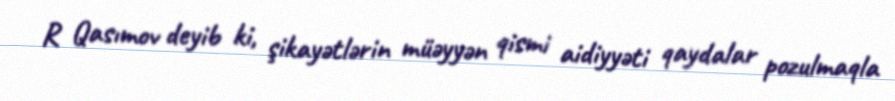
R Qasımov deyib ki, şikayətlərin müəyyən qismi aidiyyəti qaydalar pozulmaqla